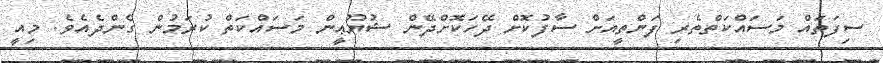
ސިފަތައް މަސައްކަތްތެރި ފަންތީއަށް ސާފުކޮށް ދޭހަކޮށްދޭން ޝުޔޫޢީން މަސައްކަތް ކުރަމުން ގެންދެއެވެ. މިއީ